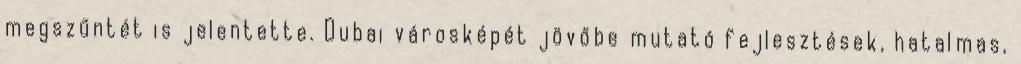
megszűntét is jelentette. Dubai városképét jövőbe mutató fejlesztések, hatalmas,